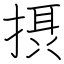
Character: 摂